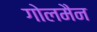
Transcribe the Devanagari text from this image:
गोलमैन